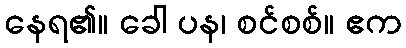
နေရ၏။ ခေါ ပန၊ စင်စစ်။ ဧက